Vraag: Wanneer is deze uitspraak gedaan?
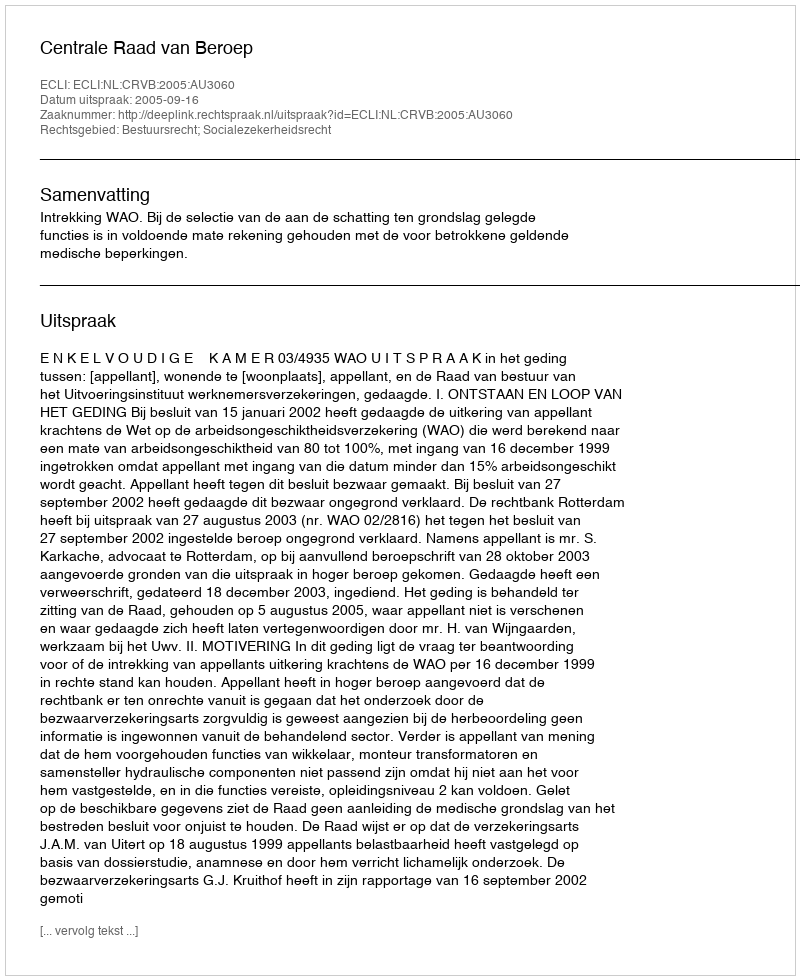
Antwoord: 2005-09-16